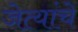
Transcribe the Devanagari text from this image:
जेत्यांचे